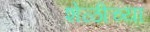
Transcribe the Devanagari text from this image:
शेळीच्या